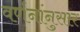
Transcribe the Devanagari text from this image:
वर्णनांनुसार